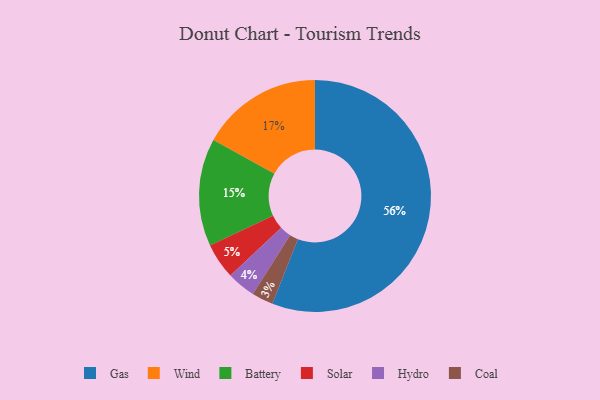
{"axis": {"x": "Category", "y": "Percentage"}, "legend": ["Battery", "Coal", "Gas", "Hydro", "Solar", "Wind"], "data": [{"x": "Hydro", "y": 4, "type": "Hydro"}, {"x": "Coal", "y": 3, "type": "Coal"}, {"x": "Solar", "y": 5, "type": "Solar"}, {"x": "Battery", "y": 15, "type": "Battery"}, {"x": "Gas", "y": 56, "type": "Gas"}, {"x": "Wind", "y": 17, "type": "Wind"}]}